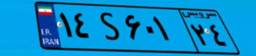
۶۱S۸۶۷۰۳